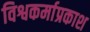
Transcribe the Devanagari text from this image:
विश्वकर्माप्रकाश